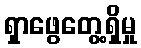
ရှာဖွေတွေ့ရှိမှု